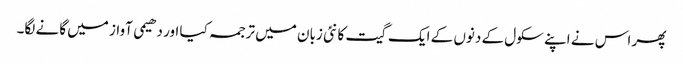
پھر اس نے اپنے سکول کے دنوں کے ایک گیت کا نئی زبان میں ترجمہ کیا اور دھیمی آواز میں گانے لگا۔